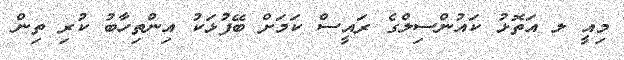
މިއީ ލ އަތޮޅު ކައުންސިލްގެ ރައީސް ކަމަށް ބޭފުޅަކު އިންތިހާބު ކުރި ތިން